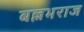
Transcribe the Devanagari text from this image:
बल्लभराज